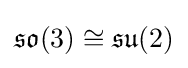
{\mathfrak {so}}(3)\cong {\mathfrak {su}}(2)